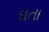
ઘતા